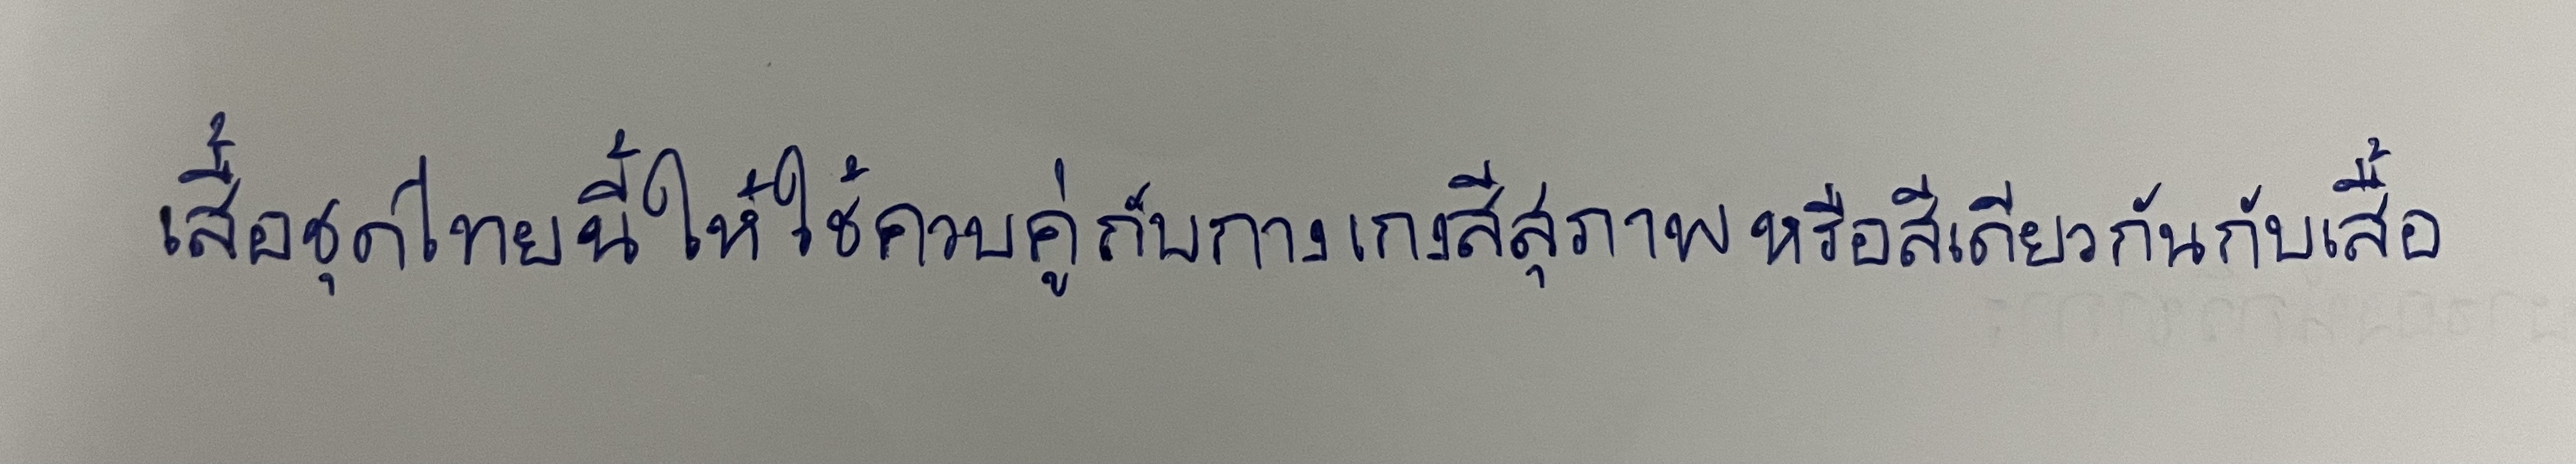
เสื้อชุดไทยนี้ให้ใช้ควบคู่กับกางเกงสีสุภาพหรือสีเดียวกันกับเสื้อ